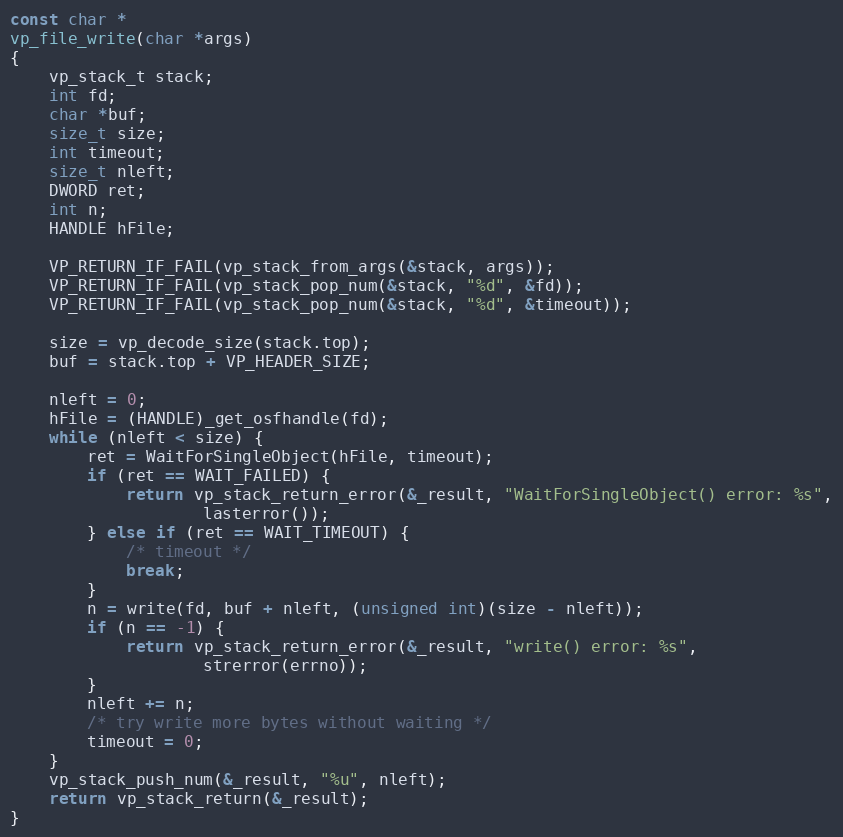
Language: C
const char *
vp_file_write(char *args)
{
    vp_stack_t stack;
    int fd;
    char *buf;
    size_t size;
    int timeout;
    size_t nleft;
    DWORD ret;
    int n;
    HANDLE hFile;

    VP_RETURN_IF_FAIL(vp_stack_from_args(&stack, args));
    VP_RETURN_IF_FAIL(vp_stack_pop_num(&stack, "%d", &fd));
    VP_RETURN_IF_FAIL(vp_stack_pop_num(&stack, "%d", &timeout));

    size = vp_decode_size(stack.top);
    buf = stack.top + VP_HEADER_SIZE;

    nleft = 0;
    hFile = (HANDLE)_get_osfhandle(fd);
    while (nleft < size) {
        ret = WaitForSingleObject(hFile, timeout);
        if (ret == WAIT_FAILED) {
            return vp_stack_return_error(&_result, "WaitForSingleObject() error: %s",
                    lasterror());
        } else if (ret == WAIT_TIMEOUT) {
            /* timeout */
            break;
        }
        n = write(fd, buf + nleft, (unsigned int)(size - nleft));
        if (n == -1) {
            return vp_stack_return_error(&_result, "write() error: %s",
                    strerror(errno));
        }
        nleft += n;
        /* try write more bytes without waiting */
        timeout = 0;
    }
    vp_stack_push_num(&_result, "%u", nleft);
    return vp_stack_return(&_result);
}